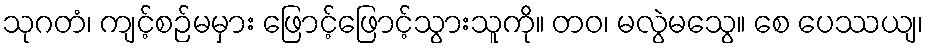
သုဂတံ၊ ကျင့်စဉ်မမှား ဖြောင့်ဖြောင့်သွားသူကို။ တဝ၊ မလွဲမသွေ။ စေ ပေဿယျ၊